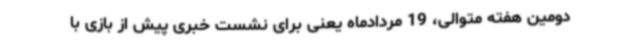
دومین هفته متوالی، 19 مردادماه یعنی برای نشست خبری پیش از بازی با